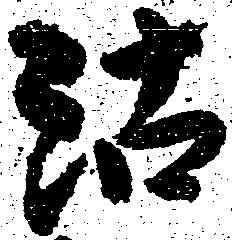
沽